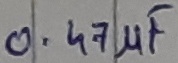
Text: 0.47µF